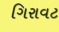
ગિરાવટ